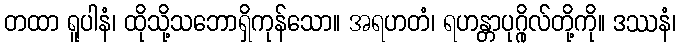
တထာ ရူပါနံ၊ ထိုသို့သဘောရှိကုန်သော။ အရဟတံ၊ ရဟန္တာပုဂ္ဂိုလ်တို့ကို။ ဒဿနံ၊